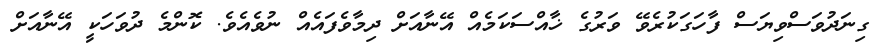
ގިނަދުވަސްވިޔަސް ފާހަގަކުރެވޭ ވަރުގެ ޚާއްސަކަމެއް އޭނާއަށް ދިމާވެފައެއް ނުވެއެވެ. ކޮންމެ ދުވަހަކީ އޭނާއަށް